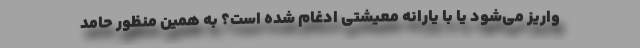
واریز می‌شود یا با یارانه معیشتی ادغام شده است؟ به همین منظور حامد